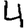
Digit: 4